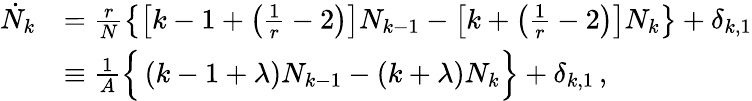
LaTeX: \begin{array}{rl}{\dot{N}_{k}}&{=\frac{r}{N}\left\{ \left[k-1+\left(\frac{1}{r}-2\right)\right]N_{k-1}-\left[k+\left(\frac{1}{r}-2\right)\right]N_{k}\right\} +\delta_{k,1}}\\ &{\equiv\frac{1}{A}\Big\{ \left(k-1+\lambda\right)N_{k-1}-\left(k+\lambda\right)N_{k}\Big\} +\delta_{k,1}\, ,}\end{array}